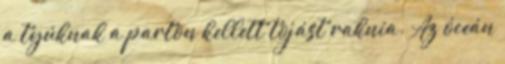
a tyúknak a parton kellett tojást raknia. Az óceán